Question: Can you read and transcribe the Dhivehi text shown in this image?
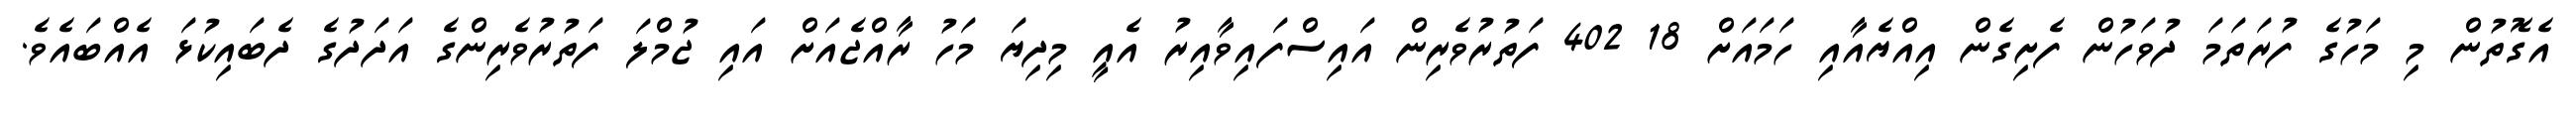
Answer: އެގޮތުން މި މަހުގެ ފުރަތަމަ ދުވަހުން ފެށިގެން އިއްޔެއާއި ހަމައަށް 18 402 ފަތުރުވެރިން އައިސްފައިވާއިރު އެއީ މިދިޔަ މަހު ރާއްޖެއަށް އައި ޖުމްލަ ފަތުރުވެރިންގެ އަދަދުގެ ދެބައިކުޅަ އެއްބައެވެ.